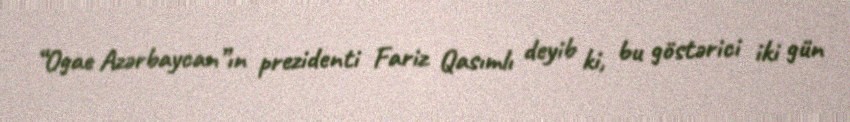
“Ogae Azərbaycan”ın prezidenti Fariz Qasımlı deyib ki, bu göstərici iki gün